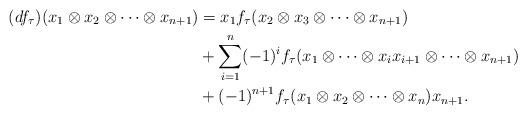
LaTeX: \begin{align*}(d f_\tau)(x_1\otimes x_2\otimes \dots\otimes x_{n+1}) &= x_1f_\tau(x_2\otimes x_3\otimes \dots \otimes x_{n+1}) \\&+\sum_{i=1}^{n}(-1)^i f_\tau(x_1\otimes \dots\otimes x_ix_{i+1}\otimes \dots\otimes x_{n+1}) \\&+(-1)^{n+1}f_\tau(x_1\otimes x_2\otimes \dots \otimes x_{n})x_{n+1}.\end{align*}